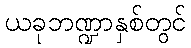
ယခုဘဏ္ဍာနှစ်တွင်